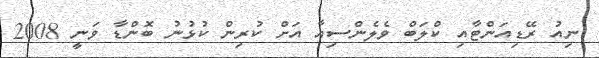
ނިއު ރޭޑިއަންޓާއި ކްލަބް ވެލެންސިއާ އަށް ކުރިން ކުޅުނު ބޮންޑާ ވަނީ 2008